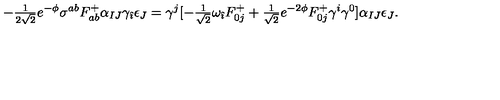
- { \textstyle \frac { 1 } { 2 \sqrt { 2 } } } e ^ { - \phi } \sigma ^ { a b } F _ { a b } ^ { + } \alpha _ { I J } \gamma _ { \hat { \imath } } \epsilon _ { J } = \gamma ^ { j } [ - { \textstyle \frac { 1 } { \sqrt { 2 } } } \omega _ { \hat { \imath } } F _ { 0 j } ^ { + } + { \textstyle \frac { 1 } { \sqrt { 2 } } } e ^ { - 2 \phi } F _ { 0 j } ^ { + } \gamma ^ { i } \gamma ^ { 0 } ] \alpha _ { I J } \epsilon _ { J } .